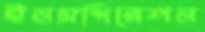
ইনসপিরেশন